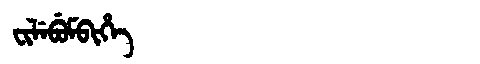
Manchu: ᠸᡳᠯᡝᠪᡠᠮᠪᡳᡥᡝ
Romanization: FILEBUMBIHE